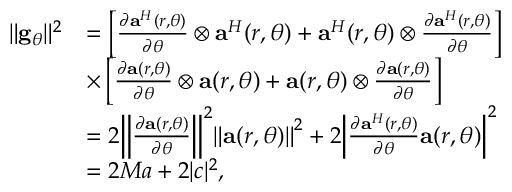
\begin{array} { r l } { { \| { { { \bf { g } } _ { \theta } } } \| ^ { 2 } } } & { = \left[ { \frac { { \partial { { \bf { a } } ^ { H } } ( r , \theta ) } } { { \partial \theta } } \otimes { { \bf { a } } ^ { H } } ( r , \theta ) + { { \bf { a } } ^ { H } } ( r , \theta ) \otimes \frac { { \partial { { \bf { a } } ^ { H } } ( r , \theta ) } } { { \partial \theta } } } \right] } \\ & { \times \left[ { \frac { { \partial { \bf { a } } ( r , \theta ) } } { { \partial \theta } } \otimes { \bf { a } } ( r , \theta ) + { \bf { a } } ( r , \theta ) \otimes \frac { { \partial { \bf { a } } ( r , \theta ) } } { { \partial \theta } } } \right] } \\ & { = 2 { \left\| { \frac { { \partial { \bf { a } } ( r , \theta ) } } { { \partial \theta } } } \right\| ^ { 2 } } { \left\| { { \bf { a } } ( r , \theta ) } \right\| ^ { 2 } } + 2 { \left| { \frac { { \partial { { \bf { a } } ^ { H } } ( r , \theta ) } } { { \partial \theta } } { \bf { a } } ( r , \theta ) } \right| ^ { 2 } } } \\ & { = 2 M a + 2 { | c | ^ { 2 } } , } \end{array}